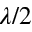
\lambda / 2